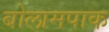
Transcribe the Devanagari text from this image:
बोलामपाक